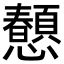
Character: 𢥤